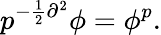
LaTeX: p^{-\frac{1}{2}\partial^{2}}\phi=\phi^{p}.